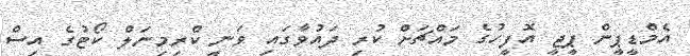
އެމްޑީޕީން ޕީޖީ އޮފީހުގެ މައްޗަށް ކުރި ދައުވާގައި ވަނީ ކްރިމިނަލް ކޯޓުގެ އިސް